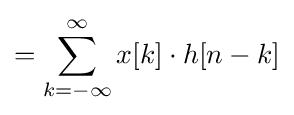
=\sum _{k=-\infty }^{\infty }x[k]\cdot h[n-k]